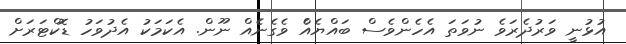
އުޅުނީ ވަރުދެރަވެ ނުވަތަ އެހެންވެސް ބައްޔެއެް ވެގެނެެއް ނޫން. އެކަމަކު އެދުވަހު ޑޮކްޓަރަށް